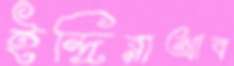
ইন্দ্রিরাআব